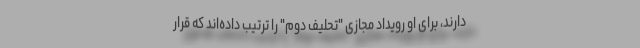
دارند، برای او رویداد مجازی "تحلیف دوم" را ترتیب داده‌اند که قرار